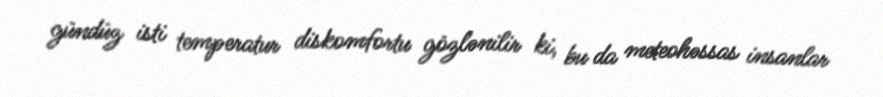
gündüz isti temperatur diskomfortu gözlənilir ki, bu da meteohəssas insanlar